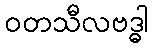
ဝတသီလဗဒ္ဓါ